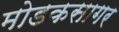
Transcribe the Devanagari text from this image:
मोडकसागर